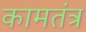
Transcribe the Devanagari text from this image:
कामतंत्र